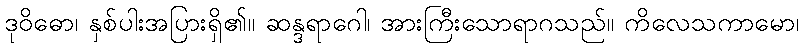
ဒုဝိဓော၊ နှစ်ပါးအပြားရှိ၏။ ဆန္ဒရာဂေါ၊ အားကြီးသောရာဂသည်။ ကိလေသကာမော၊